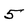
Character: 5